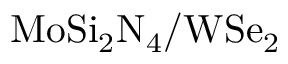
\mathrm { M o S i _ { 2 } N _ { 4 } / W S e _ { 2 } }